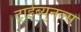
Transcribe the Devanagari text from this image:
ट्राईब्युनल्स